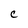
Character: C